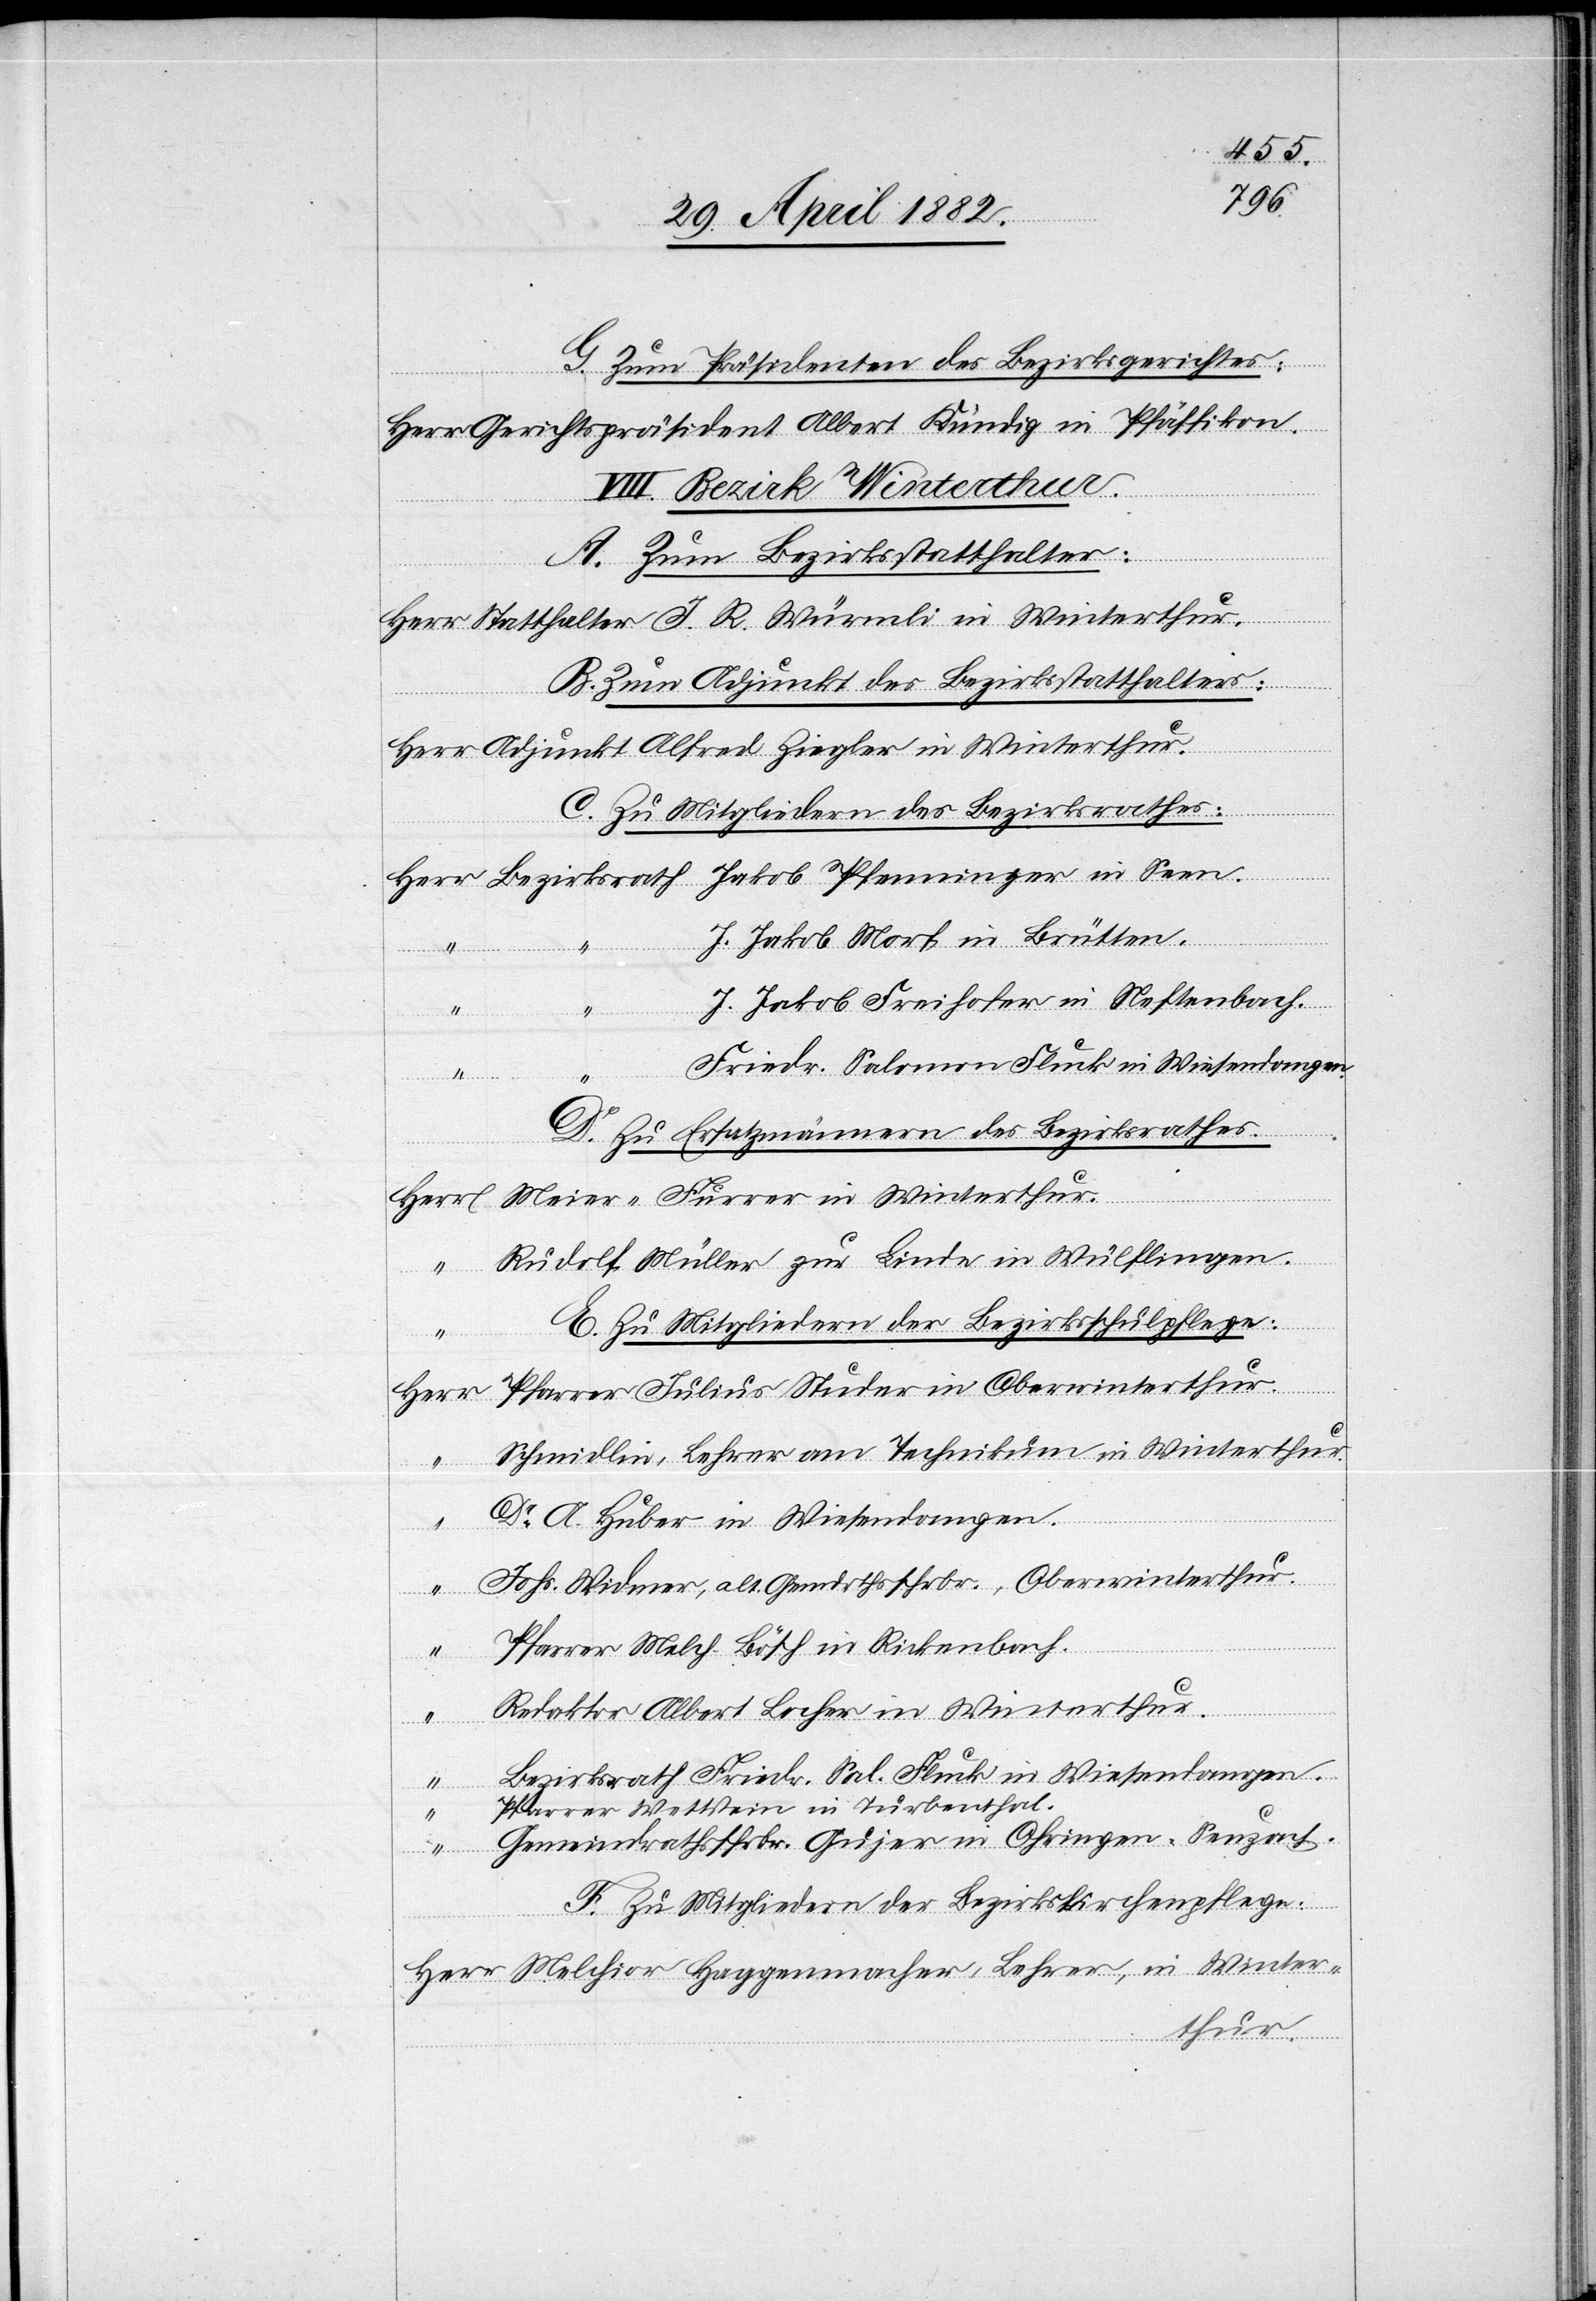
G. Zum Präsidenten des Bezirksgerichtes:
Gerichtspräsident Albert Kündig in Pfäffikon.
VIII. Bezirk Winterthur.
A. Zum Bezirksstatthalter:
B. Zum Adjunkt des Bezirksstatthalters:
C. Zu Mitgliedern des Bezirksrathes:
J. Jakob Morf in Brütten.
J. Jakob Freihofer in Neftenbach.
“
Turb¬
Friedr. Sal. Fluck in Wiesendangen.
enthal.
D. Zu Ersatzmännern des Bezirksrathes.
Rudolf Mütter zur Linde in Wülflingen.
E. Zu Mitgliedern der Bezirksschulpflege.
Herr
Schmidlin, Lehrer am Technikum in Winterthur.
Dr A. Huber in Wiesendangen.
in
Johs. Widmer, alt. Gemdrthsschrbr., Oberwinterthur.
Gemeindrathsschrbr. Gujer in Ohringen, Seuzach.
F. Zu Mitgliedern der Bezirkskirchenpflege:
Melchior Haggenmacher, Lehrer, in Winter¬
thur.